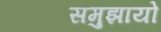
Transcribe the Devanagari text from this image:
समुझायो